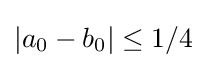
|a_{0}-b_{0}|\leq 1/4